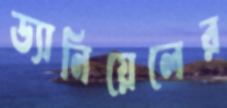
ড্যানিয়েলের